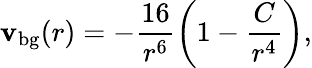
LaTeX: \mathbf{v}_{\mathrm{{bg}}}(r)=-\frac{{16}}{{r^{6}}}\left(1-\frac{{C}}{{r^{4}}}\right),